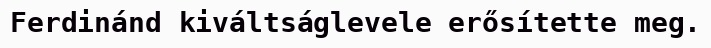
Ferdinánd kiváltságlevele erősítette meg.